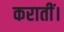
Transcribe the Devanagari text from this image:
करातीं।